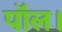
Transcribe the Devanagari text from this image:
पॉल।